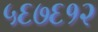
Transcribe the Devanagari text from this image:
५६७६१२